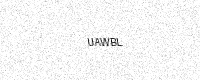
Text: UAWBL